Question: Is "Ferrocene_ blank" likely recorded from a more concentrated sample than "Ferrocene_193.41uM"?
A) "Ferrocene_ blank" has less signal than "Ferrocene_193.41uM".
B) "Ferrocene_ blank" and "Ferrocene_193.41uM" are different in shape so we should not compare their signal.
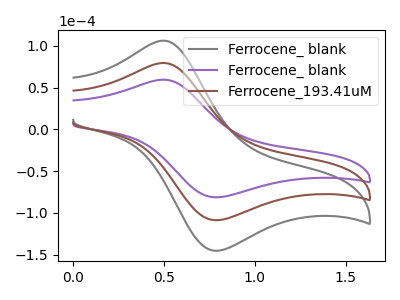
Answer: <think>The gray curve "Ferrocene_ blank" has an anodic peak at (0.50V, 158.80uA) and a cathodic peak at (0.75V, -217.35uA). The purple curve "Ferrocene_ blank" has an anodic peak at (0.50V, 59.40uA) and a cathodic peak at (0.75V, -81.30uA). The brown curve "Ferrocene_193.41uM" has an anodic peak at (0.50V, 79.40uA) and a cathodic peak at (0.75V, -108.65uA).
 All the peaks in "Ferrocene_ blank" have a peak in "Ferrocene_193.41uM" at the same potential. Every peak in "Ferrocene_ blank" is lower than every peak in "Ferrocene_193.41uM".</think>
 <answer>A) "Ferrocene_ blank" has less signal than "Ferrocene_193.41uM".</answer>
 <eval>A</eval>